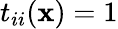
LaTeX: t_{ii}(\mathbf{x})=1